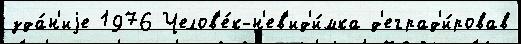
зда́н'иjе 1976 Челов'е́к-н'ев'ид'и́мка д'еград'и́ровав